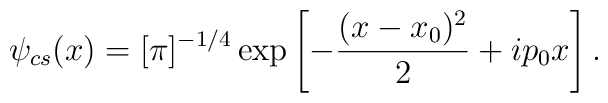
\psi_{cs}(x) = [\pi ]^{-1/4}\exp\left[-\frac{(x-x_0)^2}{2}+ip_0x\right].